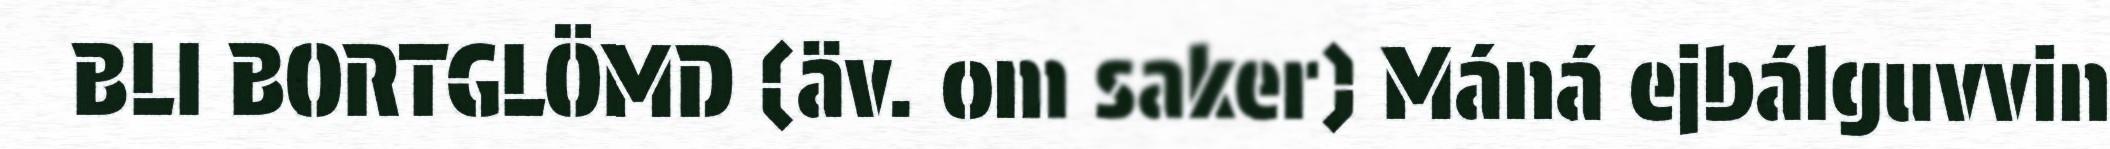
BLI BORTGLÖMD (äv. om saker) Máná ejbálguvvin